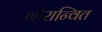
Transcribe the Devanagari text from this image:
गोरान्वित